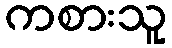
ကစားသူ